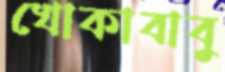
খোকাবাবু